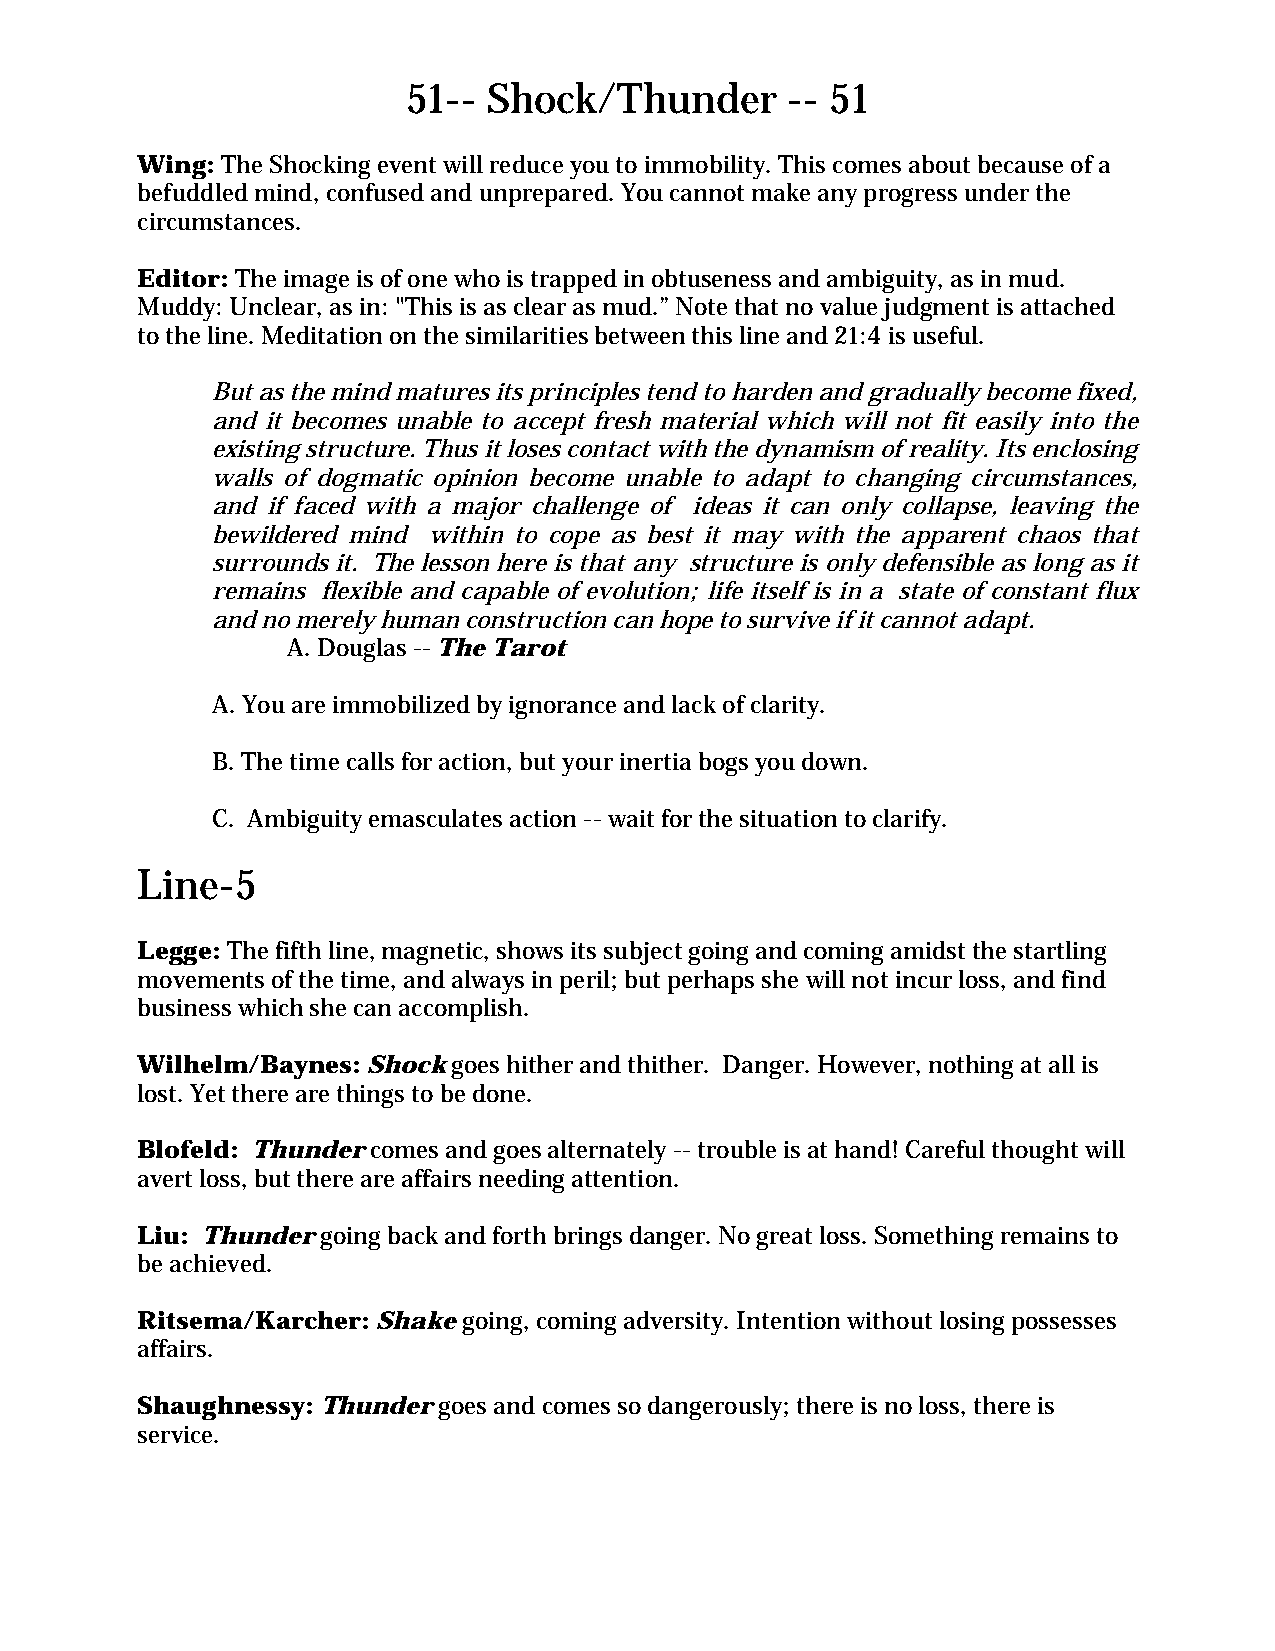
51-- Shock/Thunder       -- 51
 Wing: The Shocking event will reduce you to immobility. This comes about because of a
 befuddled mind, confused and unprepared. You cannot make any progress under the
 circumstances.
 Editor: The image is of one who is trapped in obtuseness and ambiguity, as in mud.
 Muddy: Unclear, as in: "This is as clear as mud.” Note that no value judgment is attached
 to the line. Meditation on the similarities between this line and 21:4 is useful.
 But as the mind matures its principles tend to harden and gradually become fixed,
 and it becomes unable to accept fresh material which will not fit easily into the
 existing structure. Thus it loses contact with the dynamism of reality. Its enclosing
 walls of dogmatic opinion become unable to adapt to changing circumstances,
 and if faced with a major challenge of ideas it can only collapse, leaving the
 bewildered mind within to cope as best it may with the apparent chaos that
 surrounds it. The lesson here is that any structure is only defensible as long as it
 remains flexible and capable of evolution; life itself is in a state of constant flux
 and no merely human construction can hope to survive if it cannot adapt.
 A. Douglas -- The Tarot
 A. You are immobilized by ignorance and lack of clarity.
 B. The time calls for action, but your inertia bogs you down.
 C. Ambiguity emasculates action -- wait for the situation to clarify.
 Line-5
 Legge: The fifth line, magnetic, shows its subject going and coming amidst the startling
 movements of the time, and always in peril; but perhaps she will not incur loss, and find
 business which she can accomplish.
 Wilhelm/Baynes: Shock goes hither and thither. Danger. However, nothing at all is
 lost. Yet there are things to be done.
 Blofeld: Thunder comes and goes alternately -- trouble is at hand! Careful thought will
 avert loss, but there are affairs needing attention.
 Liu: Thunder going back and forth brings danger. No great loss. Something remains to
 be achieved.
 Ritsema/Karcher: Shake going, coming adversity. Intention without losing possesses
 affairs.
 Shaughnessy: Thunder goes and comes so dangerously; there is no loss, there is
 service.